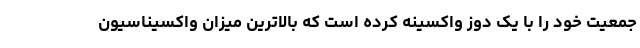
جمعیت خود را با یک دوز واکسینه کرده است که بالاترین میزان واکسیناسیون